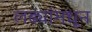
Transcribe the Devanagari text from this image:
लढ्यांमधून